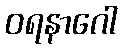
ဝရနာဂေါ